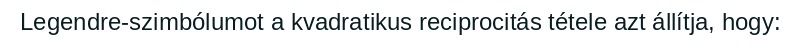
Legendre-szimbólumot a kvadratikus reciprocitás tétele azt állítja, hogy: